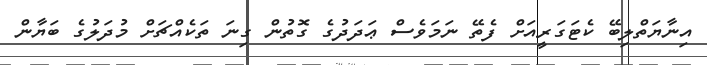
އިނާޔަތްލިބޭ ކެޓަގަރީއަށް ފެތޭ ނަމަވެސް ޢަދަދުގެ ގޮތުން ގިނަ ތަކެއްޗަށް މުދަލުގެ ބަޔާން